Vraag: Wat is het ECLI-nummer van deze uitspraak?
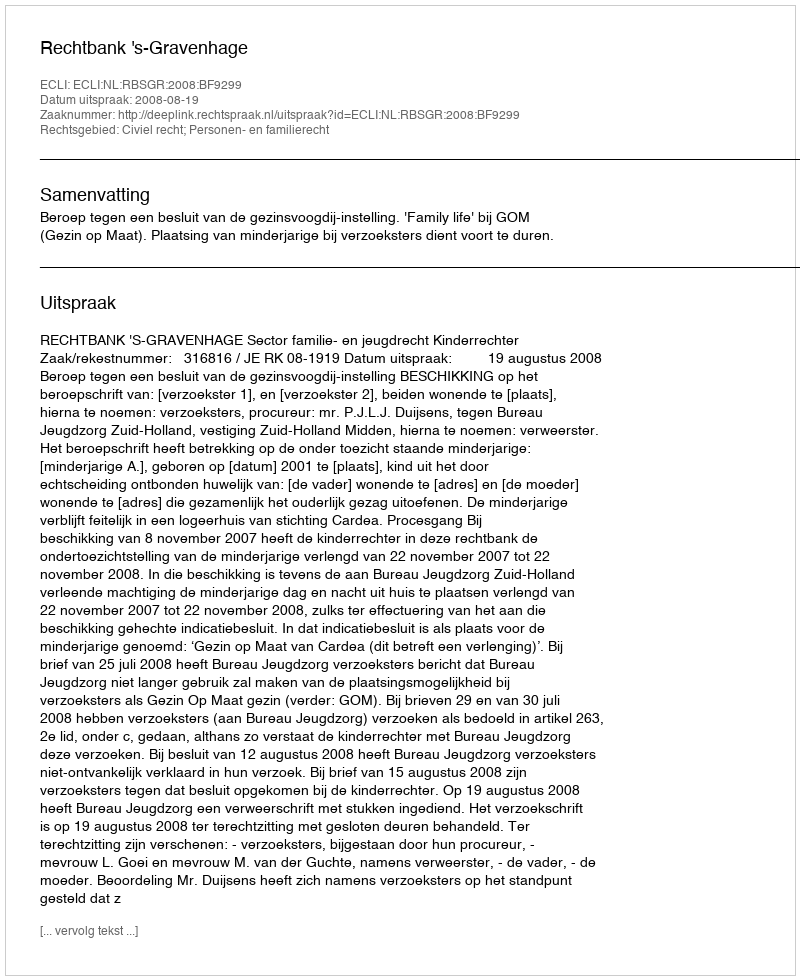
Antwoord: ECLI:NL:RBSGR:2008:BF9299